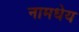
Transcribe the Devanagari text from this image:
नामधेय